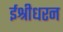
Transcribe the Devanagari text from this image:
ईश्रीधरन